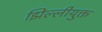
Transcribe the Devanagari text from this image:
झिल्लीयुक्त